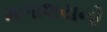
મળાશયની